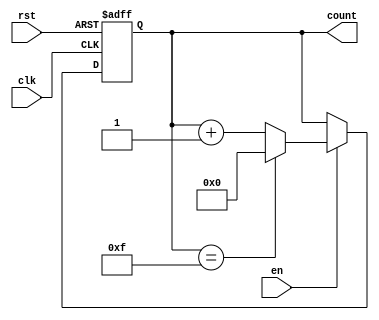
module synchronous_counter (
    input wire clk,          // Clock input
    input wire rst,          // Active-high asynchronous reset
    input wire en,           // Active-high enable signal
    output reg [3:0] count   // 4-bit counter output (adjust width as needed)
);

// Maximum count value for a 4-bit counter is 15 (0 to 15)
parameter MAX_COUNT = 4'b1111;

always @(posedge clk or posedge rst) begin
    if (rst) begin
        // Reset the counter to zero
        count <= 4'b0000;
    end else if (en) begin
        if (count == MAX_COUNT) begin
            // Roll over to zero when maximum count is reached
            count <= 4'b0000;
        end else begin
            // Increment the counter
            count <= count + 1'b1;
        end
    end
end

endmodule